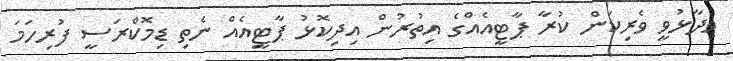
ވިދާޅުވީ ވެރިކަން ކުރާ ޕާޓީއެއްގެ އިތުރުން އިދިކޮޅު ޕާޓީއެއް ނެތި ޑިމޮކްރަސީ ފުރިހަމަ